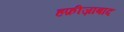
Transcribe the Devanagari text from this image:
हफ़ीज़ाबाद